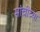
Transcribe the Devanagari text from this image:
सांचीच्या